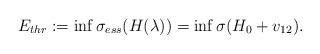
\begin{align*} E_{thr} := \inf \sigma_{ess} (H(\lambda)) = \inf \sigma (H_0 + v_{12}) . \end{align*}